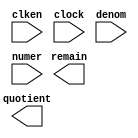
// megafunction wizard: %LPM_DIVIDE%VBB%
// GENERATION: STANDARD
// VERSION: WM1.0
// MODULE: LPM_DIVIDE 

// ============================================================
// Megafunction Name(s):
// 			LPM_DIVIDE
//
// Simulation Library Files(s):
// 			lpm
// ============================================================
// ************************************************************
// THIS IS A WIZARD-GENERATED FILE. DO NOT EDIT THIS FILE!
//
// 18.1.0 Build 625 09/12/2018 SJ Lite Edition
// ************************************************************

//Copyright (C) 2018  Intel Corporation. All rights reserved.
//Your use of Intel Corporation's design tools, logic functions 
//and other software and tools, and its AMPP partner logic 
//functions, and any output files from any of the foregoing 
//(including device programming or simulation files), and any 
//associated documentation or information are expressly subject 
//to the terms and conditions of the Intel Program License 
//Subscription Agreement, the Intel Quartus Prime License Agreement,
//the Intel FPGA IP License Agreement, or other applicable license
//agreement, including, without limitation, that your use is for
//the sole purpose of programming logic devices manufactured by
//Intel and sold by Intel or its authorized distributors.  Please
//refer to the applicable agreement for further details.

module div_delta (
	clken,
	clock,
	denom,
	numer,
	quotient,
	remain);

	input	  clken;
	input	  clock;
	input	[7:0]  denom;
	input	[17:0]  numer;
	output	[17:0]  quotient;
	output	[7:0]  remain;

endmodule

// ============================================================
// CNX file retrieval info
// ============================================================
// Retrieval info: PRIVATE: INTENDED_DEVICE_FAMILY STRING "MAX 10"
// Retrieval info: PRIVATE: PRIVATE_LPM_REMAINDERPOSITIVE STRING "TRUE"
// Retrieval info: PRIVATE: PRIVATE_MAXIMIZE_SPEED NUMERIC "-1"
// Retrieval info: PRIVATE: SYNTH_WRAPPER_GEN_POSTFIX STRING "0"
// Retrieval info: PRIVATE: USING_PIPELINE NUMERIC "1"
// Retrieval info: PRIVATE: VERSION_NUMBER NUMERIC "2"
// Retrieval info: PRIVATE: new_diagram STRING "1"
// Retrieval info: LIBRARY: lpm lpm.lpm_components.all
// Retrieval info: CONSTANT: LPM_DREPRESENTATION STRING "UNSIGNED"
// Retrieval info: CONSTANT: LPM_HINT STRING "LPM_REMAINDERPOSITIVE=TRUE"
// Retrieval info: CONSTANT: LPM_NREPRESENTATION STRING "UNSIGNED"
// Retrieval info: CONSTANT: LPM_PIPELINE NUMERIC "3"
// Retrieval info: CONSTANT: LPM_TYPE STRING "LPM_DIVIDE"
// Retrieval info: CONSTANT: LPM_WIDTHD NUMERIC "8"
// Retrieval info: CONSTANT: LPM_WIDTHN NUMERIC "18"
// Retrieval info: USED_PORT: clken 0 0 0 0 INPUT NODEFVAL "clken"
// Retrieval info: USED_PORT: clock 0 0 0 0 INPUT NODEFVAL "clock"
// Retrieval info: USED_PORT: denom 0 0 8 0 INPUT NODEFVAL "denom[7..0]"
// Retrieval info: USED_PORT: numer 0 0 18 0 INPUT NODEFVAL "numer[17..0]"
// Retrieval info: USED_PORT: quotient 0 0 18 0 OUTPUT NODEFVAL "quotient[17..0]"
// Retrieval info: USED_PORT: remain 0 0 8 0 OUTPUT NODEFVAL "remain[7..0]"
// Retrieval info: CONNECT: @clken 0 0 0 0 clken 0 0 0 0
// Retrieval info: CONNECT: @clock 0 0 0 0 clock 0 0 0 0
// Retrieval info: CONNECT: @denom 0 0 8 0 denom 0 0 8 0
// Retrieval info: CONNECT: @numer 0 0 18 0 numer 0 0 18 0
// Retrieval info: CONNECT: quotient 0 0 18 0 @quotient 0 0 18 0
// Retrieval info: CONNECT: remain 0 0 8 0 @remain 0 0 8 0
// Retrieval info: GEN_FILE: TYPE_NORMAL div_delta.v TRUE
// Retrieval info: GEN_FILE: TYPE_NORMAL div_delta.inc FALSE
// Retrieval info: GEN_FILE: TYPE_NORMAL div_delta.cmp FALSE
// Retrieval info: GEN_FILE: TYPE_NORMAL div_delta.bsf FALSE
// Retrieval info: GEN_FILE: TYPE_NORMAL div_delta_inst.v FALSE
// Retrieval info: GEN_FILE: TYPE_NORMAL div_delta_bb.v TRUE
// Retrieval info: LIB_FILE: lpm